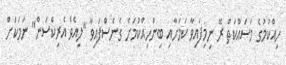
ހިއްކުމުގެ މަސައްކަތް ރޭ ނިމިފައިވާ ކަމަށާއި ބިންހިއްކުމަށް ގެނެސްފައިވާ "ލިއެވް އެެރިކްސަން" ނަމަކަށް